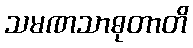
သမဏသာဓုတာတိ